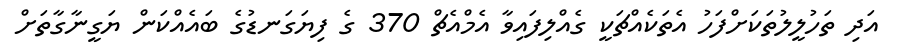
އަދި ތަހުލީލުތަކަށްފަހު އެތަކެއްޗަކީ ގެއްލިފައިވާ އެމްއެޗް 370 ގެ ފިޔަގަނޑުގެ ބައެއްކަން ޔަގީނާގާތަށް